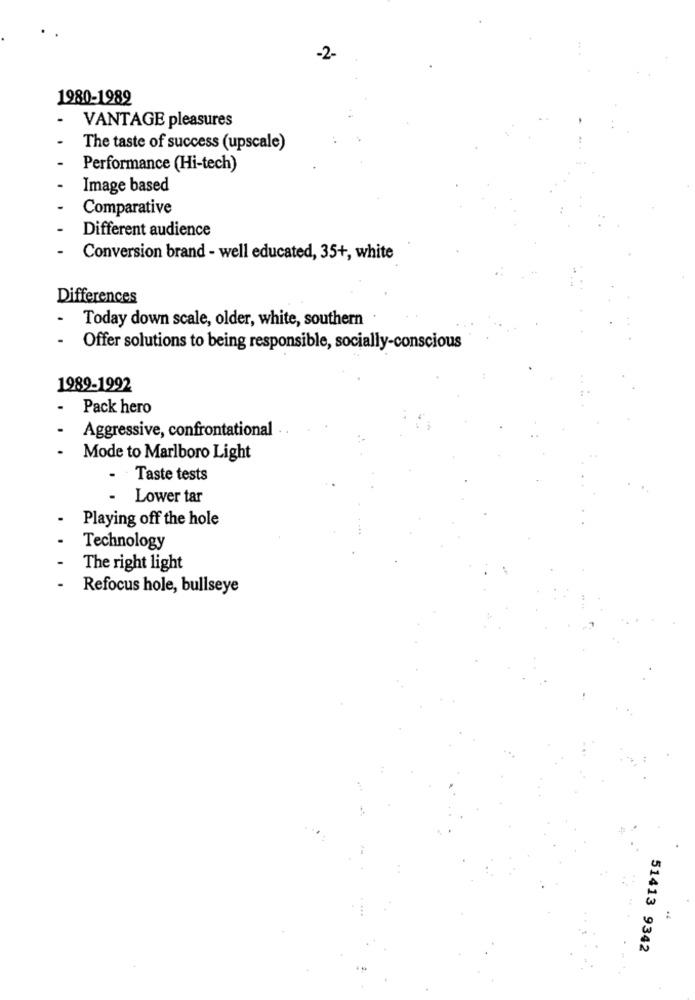
-2-
1980-1989
VANTAGE pleasures
The taste of success (upscale)
Performance (Hi-tech)
Image based
Comparative
Different audience
Conversion brand - well educated, 35+, white
Differences
Today down scale, older, white, southern
Offer solutions to being responsible, socially-conscious
1989-1992
Pack hero
Aggressive, confrontational
Mode to Marlboro Light
Taste tests
.
Lower tar
Playing off the hole
Technology
The right light
Refocus hole, bullseye
51413 9342